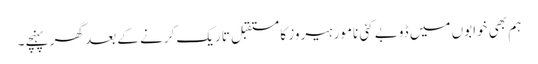
ہم بھی خوابوں میں ڈوبے کئی نامور ہیروز کا مستقبل تاریک کرنے کے بعد گھر پہنچے۔